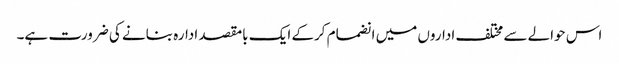
اس حوالے سے مختلف اداروں میں انضمام کرکے ایک بامقصد ادارہ بنانے کی ضرورت ہے۔